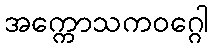
အက္ကောသကဝဂ္ဂေါ